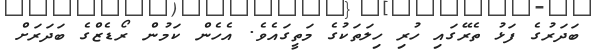
ބަދަރުގެ ފަޅު ތެރޭގައި ހުރި ހިލަތަކުގެ މަތީގައެވެ. އެހެން ކަމުން ރޯޑެޒްގެ ބަދަރަށް